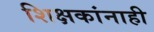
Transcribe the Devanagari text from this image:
शिक्षकांनाही